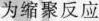
为缩聚反应